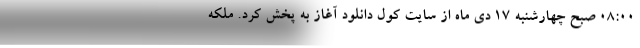
08:00 صبح چهارشنبه 17 دی ماه از سایت کول دانلود آغاز به پخش کرد. ملکه